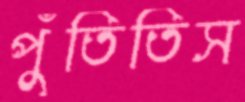
পুঁতিতিস